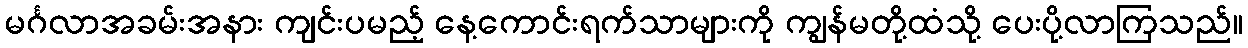
မင်္ဂလာအခမ်းအနား ကျင်းပမည့် နေ့ကောင်းရက်သာများကို ကျွန်မတို့ထံသို့ ပေးပို့လာကြသည်။